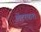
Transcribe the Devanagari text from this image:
लेंटरपाश